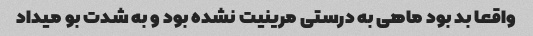
واقعا بد بود ماهی به درستی مرینیت نشده بود و به شدت بو میداد